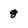
Character: 8